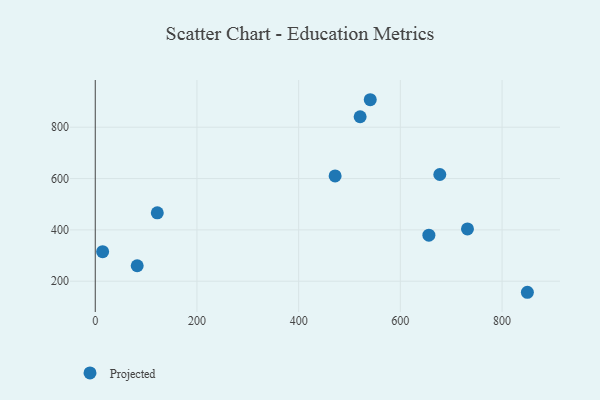
{"axis": {"x": "Price", "y": "Profit"}, "legend": ["Projected"], "data": [{"x": "471.7", "y": 610.3, "type": "Projected"}, {"x": "520.9", "y": 840.8, "type": "Projected"}, {"x": "677.6", "y": 615.7, "type": "Projected"}, {"x": "656.1", "y": 379.3, "type": "Projected"}, {"x": "82.5", "y": 260.3, "type": "Projected"}, {"x": "14.5", "y": 314.9, "type": "Projected"}, {"x": "122.0", "y": 466.3, "type": "Projected"}, {"x": "849.8", "y": 156.9, "type": "Projected"}, {"x": "540.8", "y": 907.1, "type": "Projected"}, {"x": "732.0", "y": 403.6, "type": "Projected"}]}